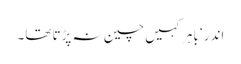
اندر ‘ باہر کہیں چین نہ پڑتا تھا۔